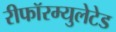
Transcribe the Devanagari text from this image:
रीफॉरम्युलेटेड